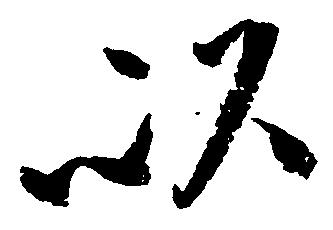
以